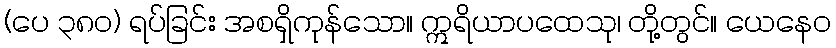
(ပေ ၃၈၀) ရပ်ခြင်း အစရှိကုန်သော။ ဣရိယာပထေသု၊ တို့တွင်။ ယေနေဝ